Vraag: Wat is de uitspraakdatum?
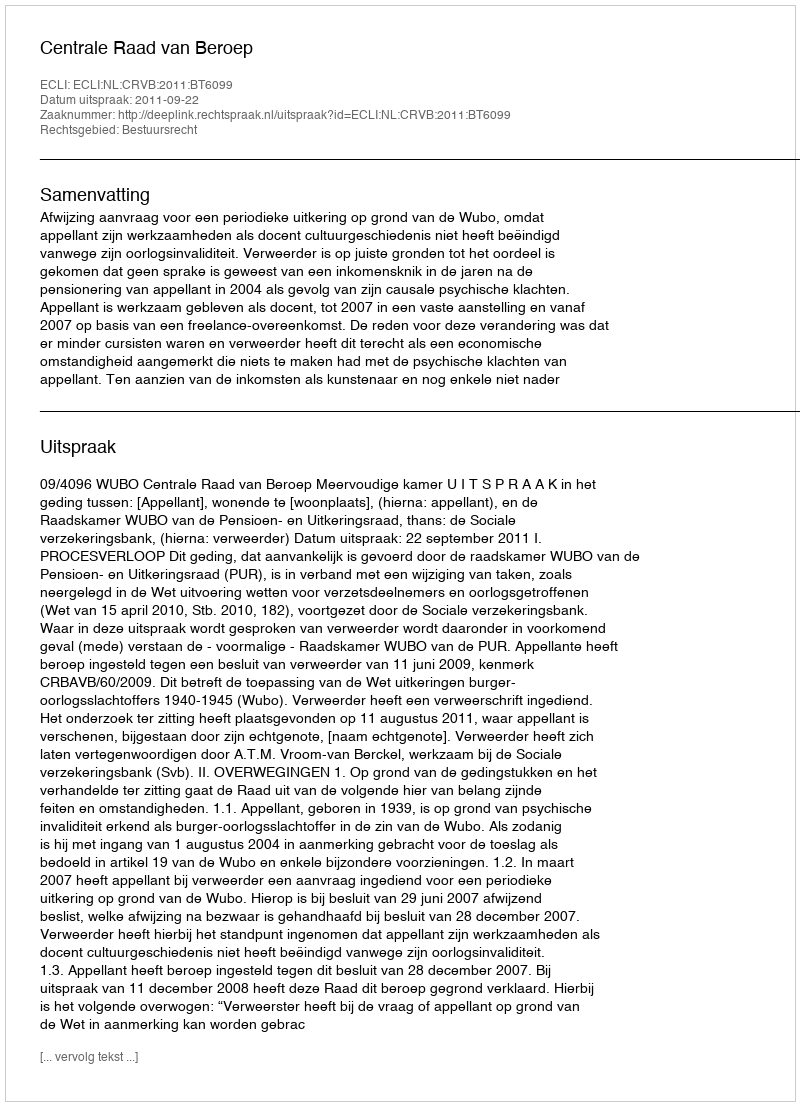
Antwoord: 2011-09-22